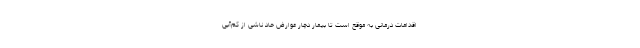
اقدامات درمانی به موقع است تا بیمار دچار عوارض حاد ناشی از کم‌آبی